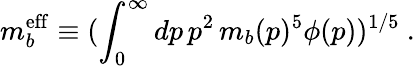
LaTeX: m_{b}^{{\mathrm{eff}}}\equiv(\int_{0}^{\infty}dp\, p^{2}\, m_{b}(p)^{5}\phi(p))^{1/5}~.